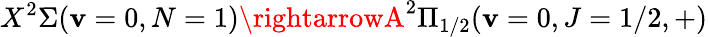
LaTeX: X^{2}\Sigma(\mathbf{v}=0,N=1)\rightarrowA^{2}\Pi_{1/2}(\mathbf{v}=0,J=1/2,+)